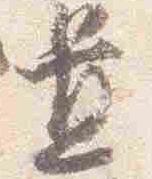
置